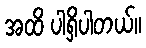
အထိ ပါရှိပါတယ်။